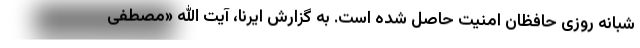
شبانه روزی حافظان امنیت حاصل شده است. به گزارش ایرنا، آیت الله «مصطفی